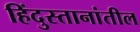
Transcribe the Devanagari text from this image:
हिंदुस्तानांतील